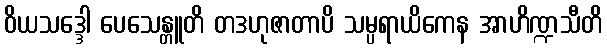
ဝိယသဒ္ဒေါ ပေသေန္တူတိ တဒဟုဇာတာပိ သမ္ပရာယိကေန အာဟိဏ္ဍသီတိ